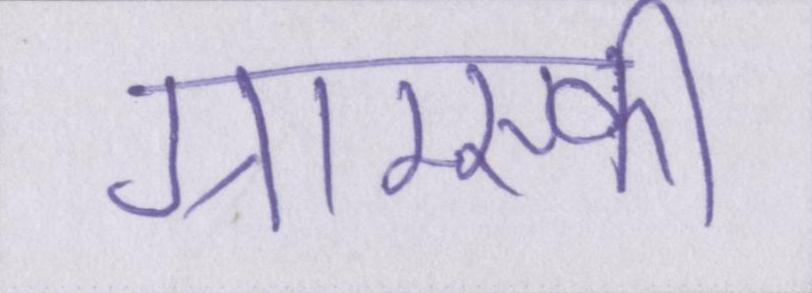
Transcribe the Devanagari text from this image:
ग्राम्स्की